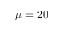
\mu = 2 0